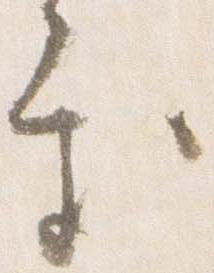
処